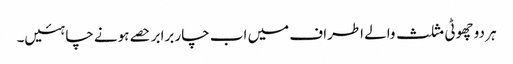
ہر دو چھوٹی مثلث والے اطراف میں اب چار برابر حصے ہونے چاہئیں۔